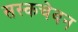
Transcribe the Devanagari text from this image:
सस्कचेवन